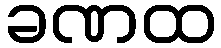
ခဏထ